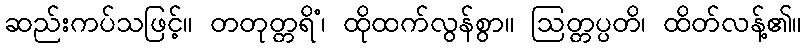
ဆည်းကပ်သဖြင့်။ တတုတ္တရိံ၊ ထိုထက်လွန်စွာ။ ဩတ္တပ္ပတိ၊ ထိတ်လန့်၏။